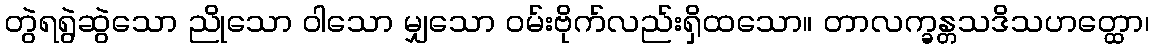
တွဲရရွဲဆွဲသော ညိုသော ဝါသော မျှသော ဝမ်းဗိုက်လည်းရှိထသော။ တာလက္ခန္တသဒိသဟတ္ထော၊